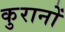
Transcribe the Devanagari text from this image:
कुरानों